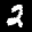
Label: 2